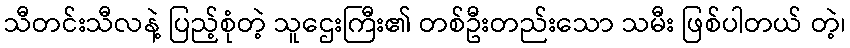
သီတင်းသီလနဲ့ ပြည့်စုံတဲ့ သူဌေးကြီး၏ တစ်ဦးတည်းသော သမီး ဖြစ်ပါတယ် တဲ့၊